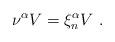
LaTeX: \begin{align*}\nu^\alpha V=\xi_n^\alpha V\ .\end{align*}